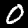
Digit: 0